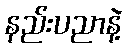
နည်းပညာနဲ့